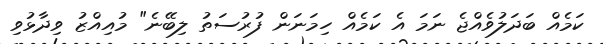
ކަމެއް ބަދަލުވެއްޖެ ނަމަ އެ ކަމެއް ހިމަނަން ފުރުސަތު ލިބޭނެ" މުއިއްޒު ވިދާޅުވި